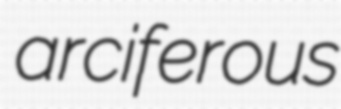
arciferous